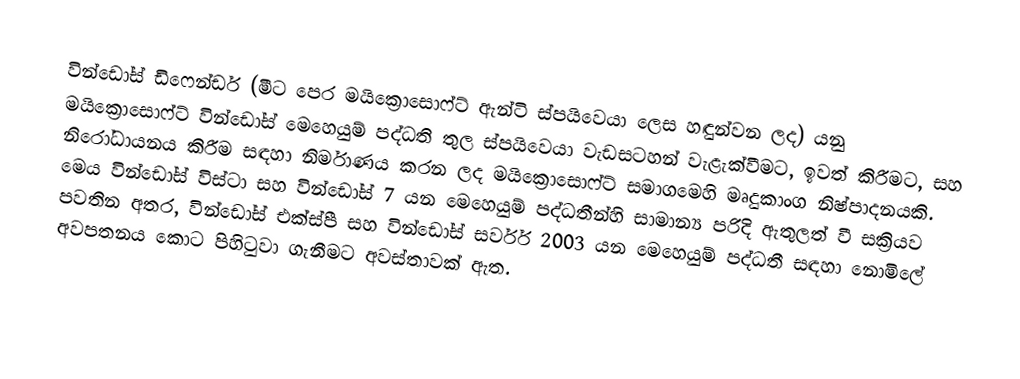
වින්ඩෝස් ඩිෆෙන්ඩර් (මීට පෙර මයික්‍රොසොෆ්ට් ඇන්ටි ස්පයිවෙයා ලෙස හඳුන්වන ලද) යනු මයික්‍රොසොෆ්ට් වින්ඩෝස් මෙහෙයුම් පද්ධති තුල ස්පයිවෙයා වැඩසටහන් වැළැක්වීමට, ඉවත් කිරීමට, සහ නිරෝධායනය කිරීම සඳහා නිර්මාණය කරන ලද මයික්‍රොසොෆ්ට් සමාගමෙහි මෘදුකාංග නිෂ්පාදනයකි. මෙය වින්ඩෝස් විස්ටා සහ වින්ඩෝස් 7 යන මෙහෙයුම් පද්ධතීන්හි සාමාන්‍ය පරිදි ඇතුලත් වී සක්‍රියව පවතින අතර, වින්ඩෝස් එක්ස්පී සහ වින්ඩෝස් සර්වර් 2003 යන මෙහෙයුම් පද්ධතී සඳහා නොමිලේ අවපතනය කොට පිහිටුවා ගැනීමට අවස්තාවක් ඇත.